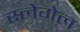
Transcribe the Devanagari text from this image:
स्लेगेल